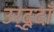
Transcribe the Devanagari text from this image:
उर्दूदाँ